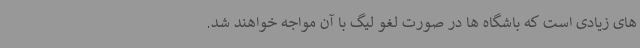
های زیادی است که باشگاه ها در صورت لغو لیگ با آن مواجه خواهند شد.